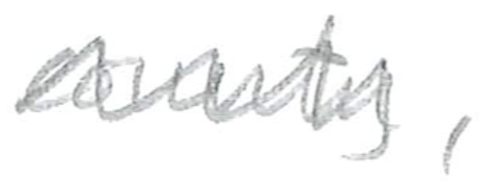
Text: county,
Cross-out: wave
Writing tool: pencil